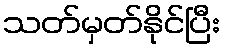
သတ်မှတ်နိုင်ပြီး